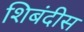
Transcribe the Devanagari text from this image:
शिबंदीस